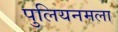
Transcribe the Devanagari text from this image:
पुलियनमला